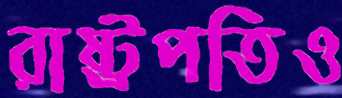
রাষ্ট্রপতিও